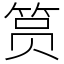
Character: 筼